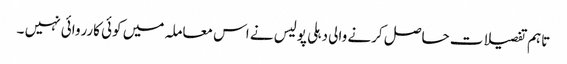
تاہم تفصیلات حاصل کرنے والی دہلی پولیس نے اس معاملہ میں کوئی کارروائی نہیں ۔